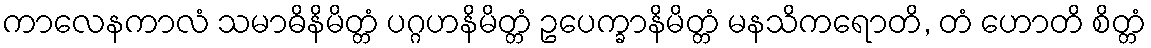
ကာလေနကာလံ သမာဓိနိမိတ္တံ ပဂ္ဂဟနိမိတ္တံ ဥပေက္ခာနိမိတ္တံ မနသိကရောတိ, တံ ဟောတိ စိတ္တံ